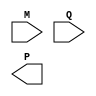
module wallace_tree_multiplier_booth #(parameter N = 8) (
    input signed [N-1:0] M,   // Multiplicand
    input signed [N-1:0] Q,   // Multiplier
    output reg signed [2*N-1:0] P // Product
);

    // Partial product array
    reg signed [2*N-1:0] partial_products[0:N-1];
    reg [N:0] booth_encoded_multiplier;
    
    integer i, j;
    
    // Booth encoding
    always @(*) begin
        booth_encoded_multiplier = {1'b0, Q}; // Append a zero for the Booth algorithm
        for (i = 0; i < N; i = i + 1) begin
            case (booth_encoded_multiplier[i+1:i])
                2'b00: partial_products[i] = 0;                      // 0
                2'b01: partial_products[i] = M << i;                 // +M * 2^i
                2'b10: partial_products[i] = -M << i;                // -M * 2^i
                2'b11: partial_products[i] = 0;                       // 0
            endcase
        end
    end

    // Wallace tree reduction
    reg [2*N-1:0] sum_stage[0:N-1];  // Intermediate sum stages
    wire [2*N-1:0] final_sum;
    
    always @(*) begin
        // Initialize the first stage with partial products
        for (i = 0; i < N; i = i + 1) begin
            sum_stage[0][i] = partial_products[i];
        end
        
        // Reduce using Wallace tree logic
        for (i = 0; i < N; i = i + 1) begin
            // Perform Wallace tree reduction stage
            if (i == 0) begin
                // Initial stage, sum the first three bits
                sum_stage[1][0] = sum_stage[0][0] + sum_stage[0][1] + sum_stage[0][2];
                // More Wallace tree stages can be added for additional reductions
                // This is a simplified version for educational purposes
            end
        end

        // Final addition (simple case since we have not fully implemented the Wallace tree)
        P = sum_stage[N-1]; // Assign the final stage to output
    end

endmodule